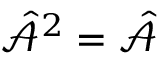
\hat { \mathcal { A } } ^ { 2 } = \hat { \mathcal { A } }